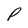
Character: P